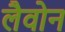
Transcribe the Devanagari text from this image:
लैवोन